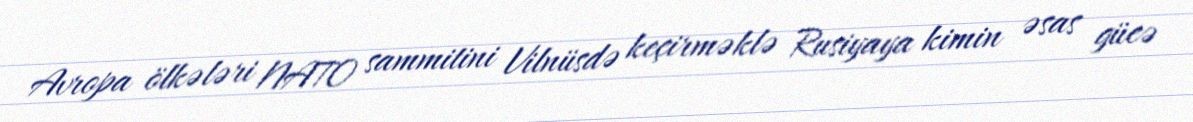
Avropa ölkələri NATO sammitini Vilnüsdə keçirməklə Rusiyaya kimin əsas gücə